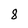
Character: 8